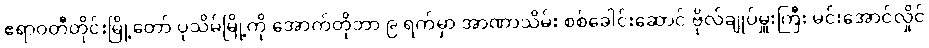
ဧရာဝတီတိုင်းမြို့တော် ပုသိမ်မြို့ကို အောက်တိုဘာ ၉ ရက်မှာ အာဏာသိမ်း စစ်ခေါင်းဆောင် ဗိုလ်ချုပ်မှူးကြီး မင်းအောင်လှိုင်